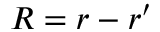
\boldsymbol { R } = \boldsymbol { r } - \boldsymbol { r } ^ { \prime }